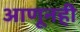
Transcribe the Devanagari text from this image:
आणूनही